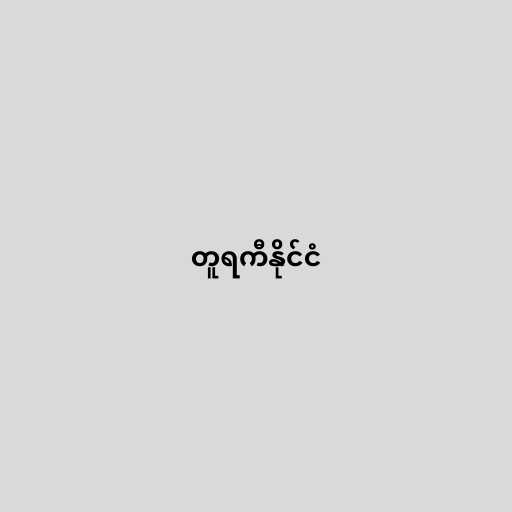
တူရကီနိုင်ငံ